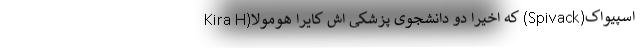
اسپیواک(Spivack) که اخیرا دو دانشجوی پزشکی اش کایرا هومولا(Kira H